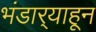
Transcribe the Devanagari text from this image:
भंडार्‍याहून